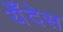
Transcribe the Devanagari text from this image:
येँदेस